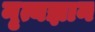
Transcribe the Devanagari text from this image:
नृत्यज्ञान